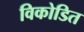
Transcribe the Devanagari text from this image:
विकोडित